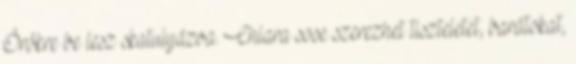
Örökre be lesz skatulyázva. Chiara sose szerezhet tiszteletet, barátokat,